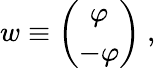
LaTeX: w\equiv\left(\begin{array}{c}{{\varphi}}\\ {{-\varphi}}\end{array}\right)~,